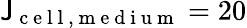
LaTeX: \mathsf{J}_{\mathrm{{~c~e~l~l~,~m~e~d~i~u~m~}}}=20